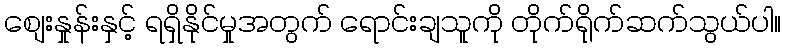
စျေးနှုန်းနှင့် ရရှိနိုင်မှုအတွက် ရောင်းချသူကို တိုက်ရိုက်ဆက်သွယ်ပါ။